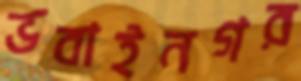
ভবাইনগর